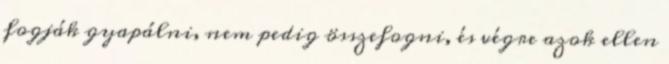
fogják gyapálni, nem pedig összefogni, és végre azok ellen